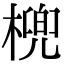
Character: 𣘛